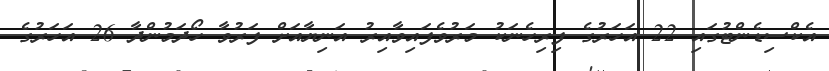
އެކްސިޑެންޓުގައި 22 އަހަރުގެ ފިރިހެނަކު މަރުވެފައިވާއިރު އަނިޔާއަށް ފަރުވާ ހޯދަމުންދާ 26 އަހަރުގެ